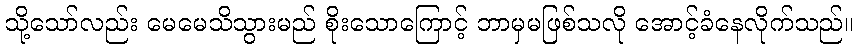
သို့သော်လည်း မေမေသိသွားမည် စိုးသောကြောင့် ဘာမှမဖြစ်သလို အောင့်ခံနေလိုက်သည်။